Anatomy and histology of ticks - Number 23
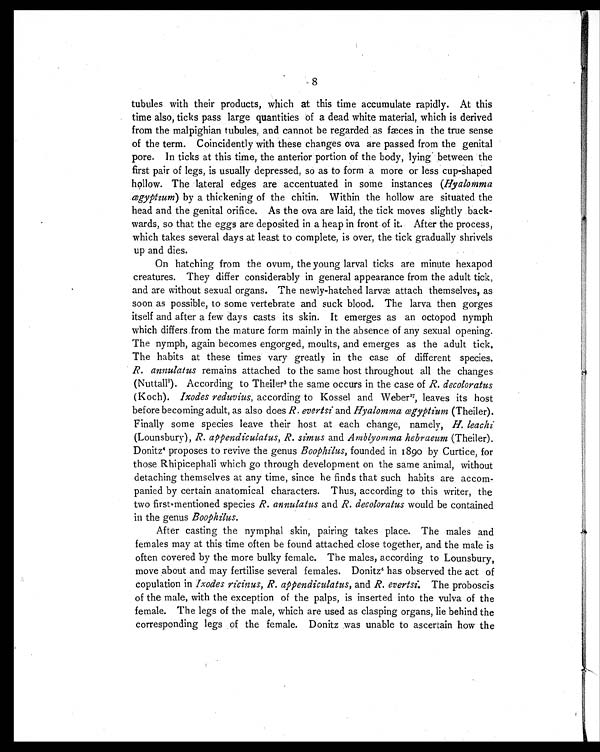
8
tubules with their products, which at this time accumulate rapidly. At this
time also, ticks pass large quantities of a dead white material, which is derived
from the malpighian tubules, and cannot be regarded as fæces in the true sense
of the term. Coincidently with these changes ova are passed from the genital
pore. In ticks at this time, the anterior portion of the body, lying between the
first pair of legs, is usually depressed, so as to form a more or less cup-shaped
hollow. The lateral edges are accentuated in some instances ( Hyalomma
ægyptium ) by a thickening of the chitin. Within the hollow are situated the
head and the genital orifice. As the ova are laid, the tick moves slightly back-
wards, so that the eggs are deposited in a heap in front of it. After the process,
which takes several days at least to complete, is over, the tick gradually shrivels
up and dies.
On hatching from the ovum, the young larval ticks are minute hexapod
creatures. They differ considerably in general appearance from the adult tick,
and are without sexual organs. The newly-hatched larvæ attach themselves, as
soon as possible, to some vertebrate and suck blood. The larva then gorges
itself and after a few days casts its skin. It emerges as an octopod nymph
which differs from the mature form mainly in the absence of any sexual opening.
The nymph, again becomes engorged, moults, and emerges as the adult tick.
The habits at these times vary greatly in the case of different species.
R. annulatus remains attached to the same host throughout all the changes
(Nuttall8). According to Theiler3 the same occurs in the case of R. decoloratus
(Koch). Ixodes reduvius, according to Kossel and Weber 27, leaves its host
before becoming adult, as also does R. evertsi and Hyalomma ægyptium (Theiler).
Finally some species leave their host at each change, namely, H. leachi
(Lounsbury), R. appendiculatus, R. simus and Amblyomma hebraeum (Theiler).
Donitz4 proposes to revive the genus Boophilus, founded in 1890 by Curtice, for
those Rhipicephali which go through development on the same animal, without
detaching themselves at any time, since he finds that such habits are accom-
panied by certain anatomical characters. Thus, according to this writer, the
two first mentioned species R. annulatus and R. decoloratus would be contained
in the genus Boophilus.
After casting the nymphal skin, pairing takes place. The males and
females may at this time often be found attached close together, and the male is
often covered by the more bulky female. The males, according to Lounsbury,
move about and may fertilise several females. Donitz 4 has observed the act of
copulation in Ixodes ricinus, R. appendiculatus, and R. evertsi. The proboscis
of the male, with the exception of the palps, is inserted into the vulva of the
female. The legs of the male, which are used as clasping organs, lie behind the
corresponding legs of the female. Donitz was unable to ascertain how the